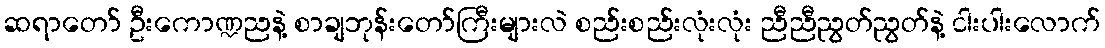
ဆရာတော် ဦးကောဏ္ဍညနဲ့ စာချဘုန်းတော်ကြီးများလဲ စည်းစည်းလုံးလုံး ညီညီညွတ်ညွတ်နဲ့ ငါးပါးလောက်